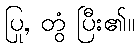
ပြု, တွံ ပြီး၏။